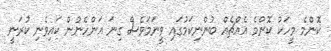
ކޮންމެ މީހަކު ކޮންމެ އެއްޗެއް ބުންނިކަމުގައި ވީނަމަވެސް ގިނަ އަންހެނުން ކައިވެނި ކުރަނީ